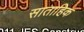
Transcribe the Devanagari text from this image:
साताहिक